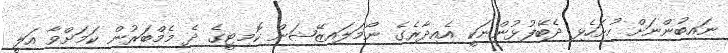
ނައިބުންނަށް ހުށަހެޅި ދެބޭފުޅުންނަކީ އެއިދާރެގެ ނޯމަލައިޒޭޝަން ކޮމިޓީގެ ދެ މެމްބަރުން ކަމަށްވާ އަލީ